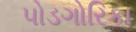
પોડગોરિકા